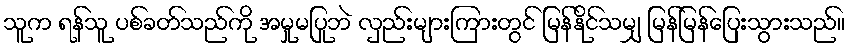
သူက ရန်သူ ပစ်ခတ်သည်ကို အမှုမပြုဘဲ လှည်းများကြားတွင် မြန်နိုင်သမျှ မြန်မြန်ပြေးသွားသည်။